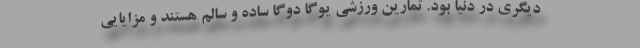
دیگری در دنیا بود. تمارین ورزشی یوگا دوگا ساده و سالم هستند و مزایایی